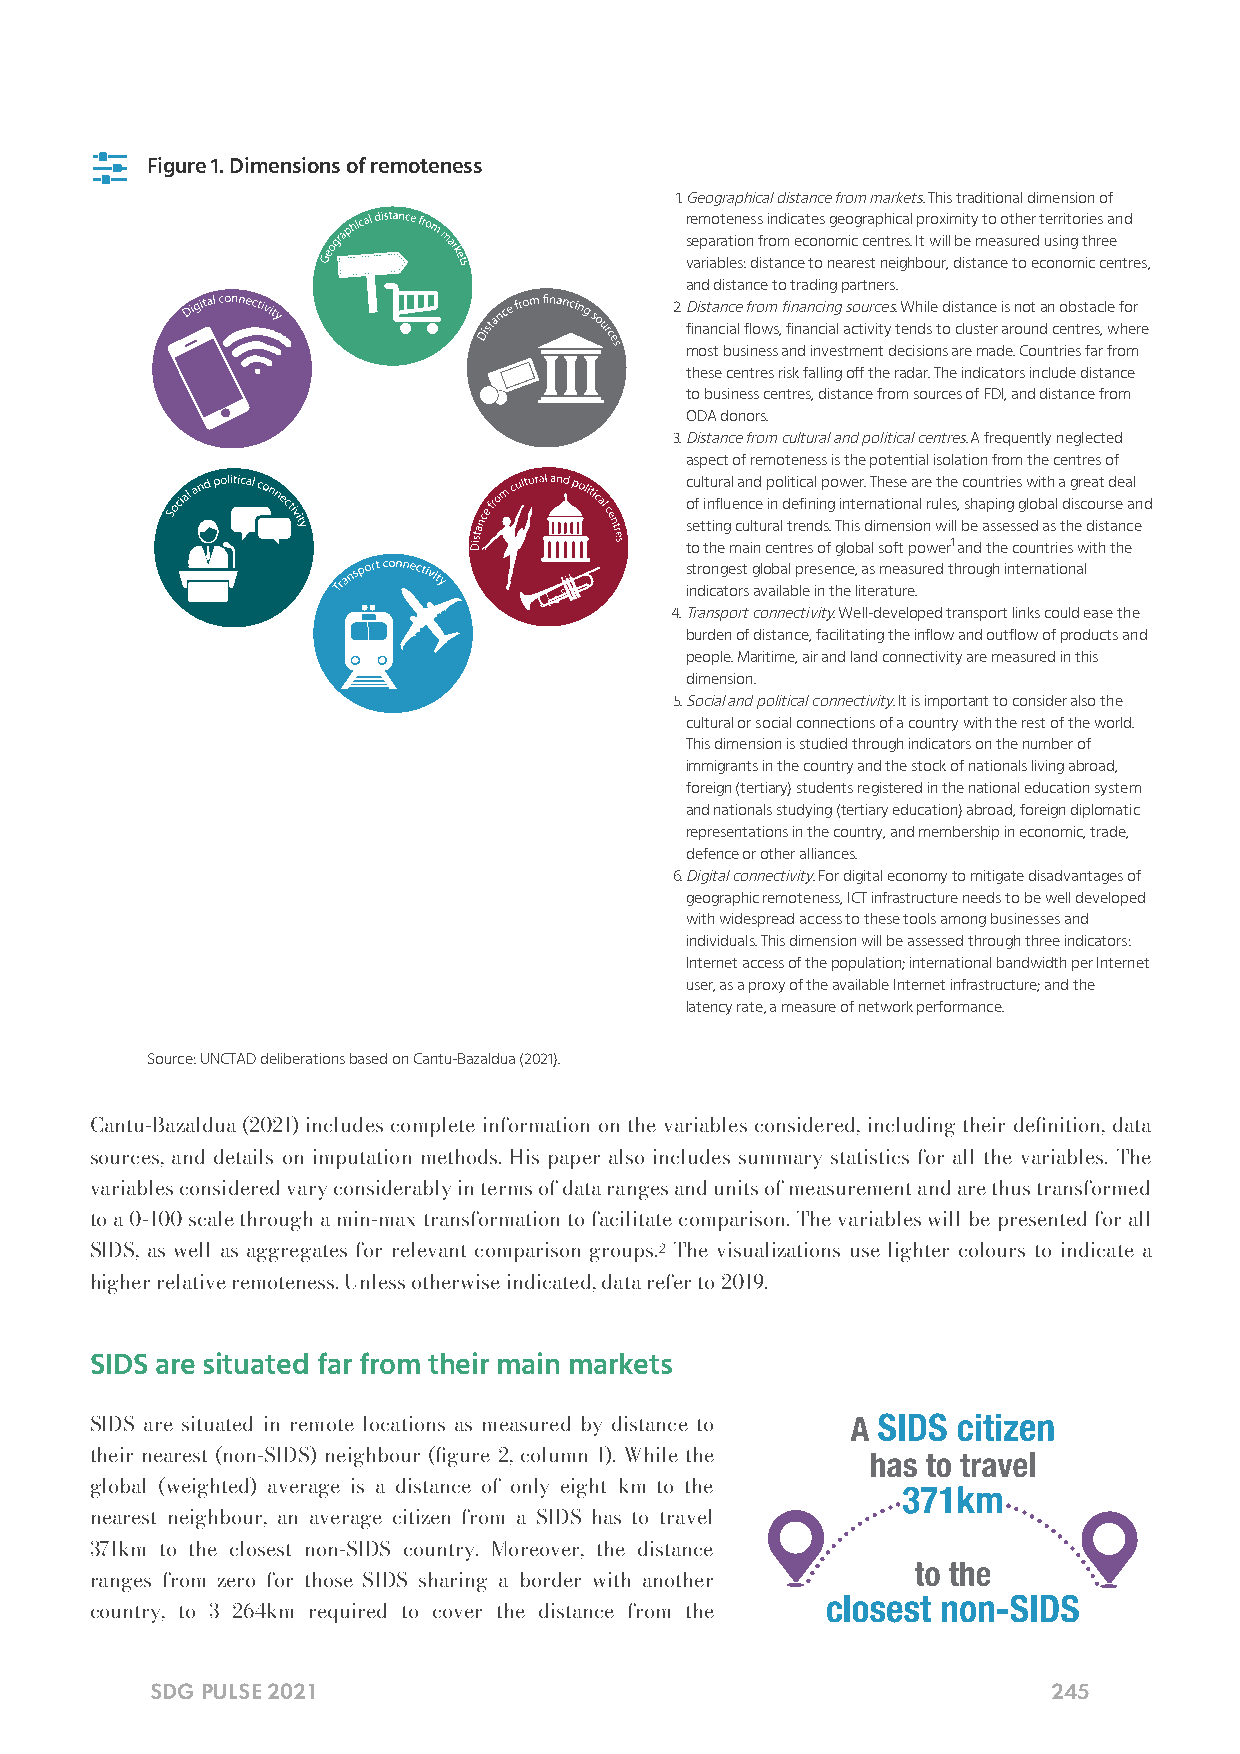

 Figure 1. Dimensions of remoteness
 1. Geographical distance from markets. This traditional dimension of
 remoteness indicates geographical proximity to other territories and
 separation from economic centres. It will be measured using three
 variables: distance to nearest neighbour, distance to economic centres,
 and distance to trading partners.
 2. Distance from financing sources. While distance is not an obstacle for
 financial flows, financial activity tends to cluster around centres, where
 most business and investment decisions are made. Countries far from
 these centres risk falling off the radar. The indicators include distance
 to business centres, distance from sources of FDI, and distance from
 ODA donors.
 3. Distance from cultural and political centres. A frequently neglected
 aspect of remoteness is the potential isolation from the centres of
 cultural and political power. These are the countries with a great deal
 of influence in defining international rules, shaping global discourse and
 setting cultural trends. This dimension will be assessed as the distance
 to the main centres of global soft power1 and the countries with the
 strongest global presence, as measured through international
 indicators available in the literature.
 4. Transport connectivity. Well-developed transport links could ease the
 burden of distance, facilitating the inflow and outflow of products and
 people. Maritime, air and land connectivity are measured in this
 dimension.
 5. Social and political connectivity. It is important to consider also the
 cultural or social connections of a country with the rest of the world.
 This dimension is studied through indicators on the number of
 immigrants in the country and the stock of nationals living abroad,
 foreign (tertiary) students registered in the national education system
 and nationals studying (tertiary education) abroad, foreign diplomatic
 representations in the country, and membership in economic, trade,
 defence or other alliances.
 6. Digital connectivity. For digital economy to mitigate disadvantages of
 geographic remoteness, ICT infrastructure needs to be well developed
 with widespread access to these tools among businesses and
 individuals. This dimension will be assessed through three indicators:
 Internet access of the population; international bandwidth per Internet
 user, as a proxy of the available Internet infrastructure; and the
 latency rate, a measure of network performance.
 Source: UNCTAD deliberations based on Cantu-Bazaldua (2021).
 Cantu-Bazaldua (2021) includes complete information on the variables considered, including their denition, data
 sources, and details on imputation methods. His paper also includes summary statistics for all the variables. The
 variables considered vary considerably in terms of data ranges and units of measurement and are thus transformed
 to a 0-100 scale through a min-max transformation to facilitate comparison. The variables will be presented for all
 SIDS, as well as aggregates for relevant comparison groups.2 The visualizations use lighter colours to indicate a
 higher relative remoteness. Unless otherwise indicated, data refer to 2019.
 SIDS are situated far from their main markets
 SIDS are situated in remote locations as measured by distance to
 their nearest (non-SIDS) neighbour (gure 2, column 1). While the
 global (weighted) average is a distance of only eight km to the
 nearest neighbour, an average citizen from a SIDS has to travel
 371km to the closest non-SIDS country. Moreover, the distance
 ranges from zero for those SIDS sharing a border with another
 country, to 3 264km required to cover the distance from the
 SDG PULSE 2021                                              245